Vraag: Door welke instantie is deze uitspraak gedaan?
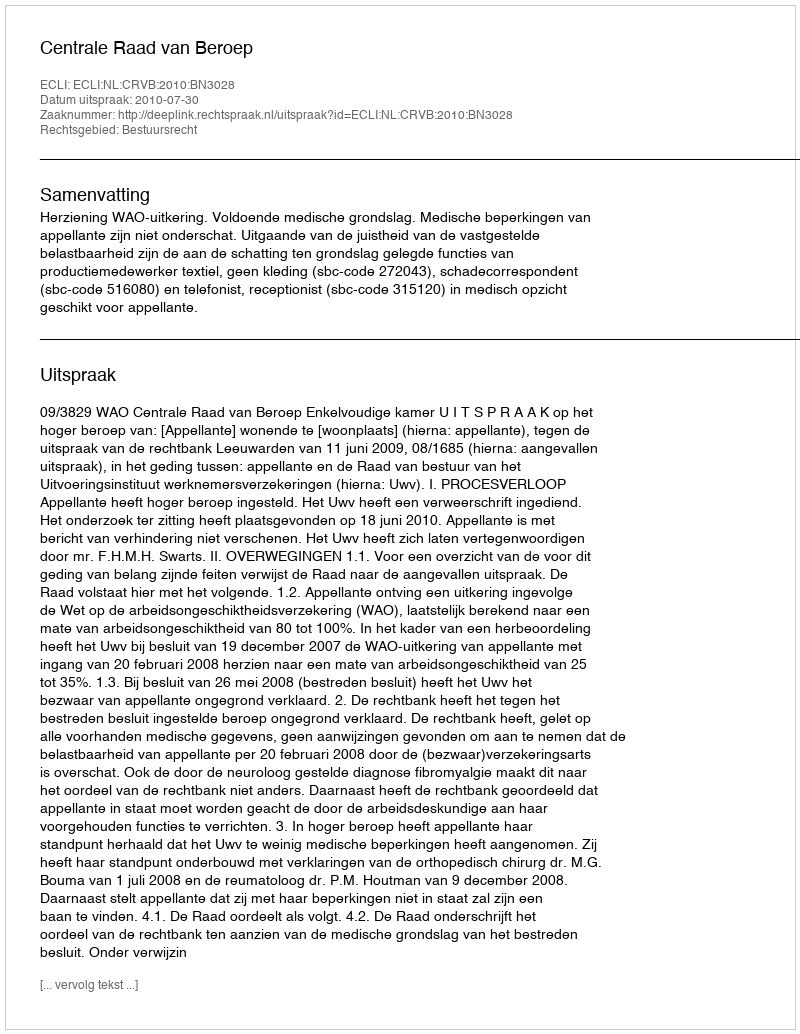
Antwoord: Centrale Raad van Beroep